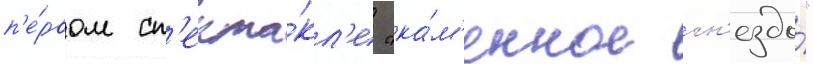
п'е́рвом сп'екта́кл'е "ка́м'енное гн'ездо́"